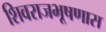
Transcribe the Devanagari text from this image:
शिवराजभूषणास